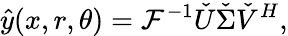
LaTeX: \hat{y}(x,r,\theta)=\mathcal{F}^{-1}\check{U}\check{\Sigma}\check{V}^{H},